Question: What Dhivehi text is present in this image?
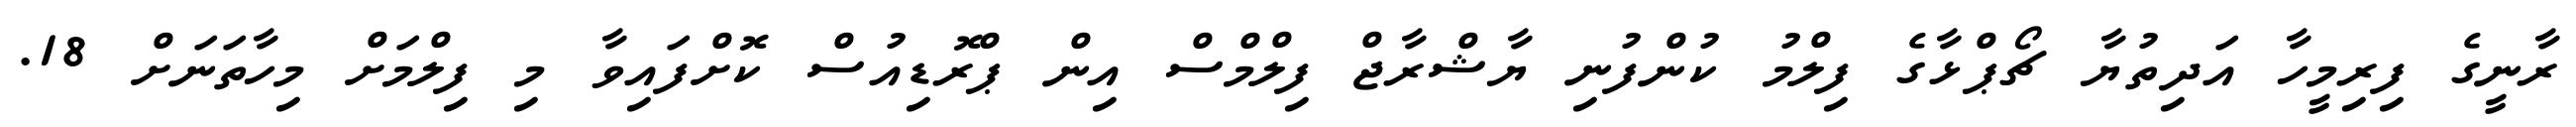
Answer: ރާނީގެ ފިރިމީހާ އަދިތުޔާ ޗޯޕްޅާގެ ފިލްމު ކުންފުނި ޔާޝްރާޖް ފިލްމްސް އިން ޕްރޮޑިއުސް ކޮށްފައިވާ މި ފިލްމަށް މިހާތަނަށް 18.